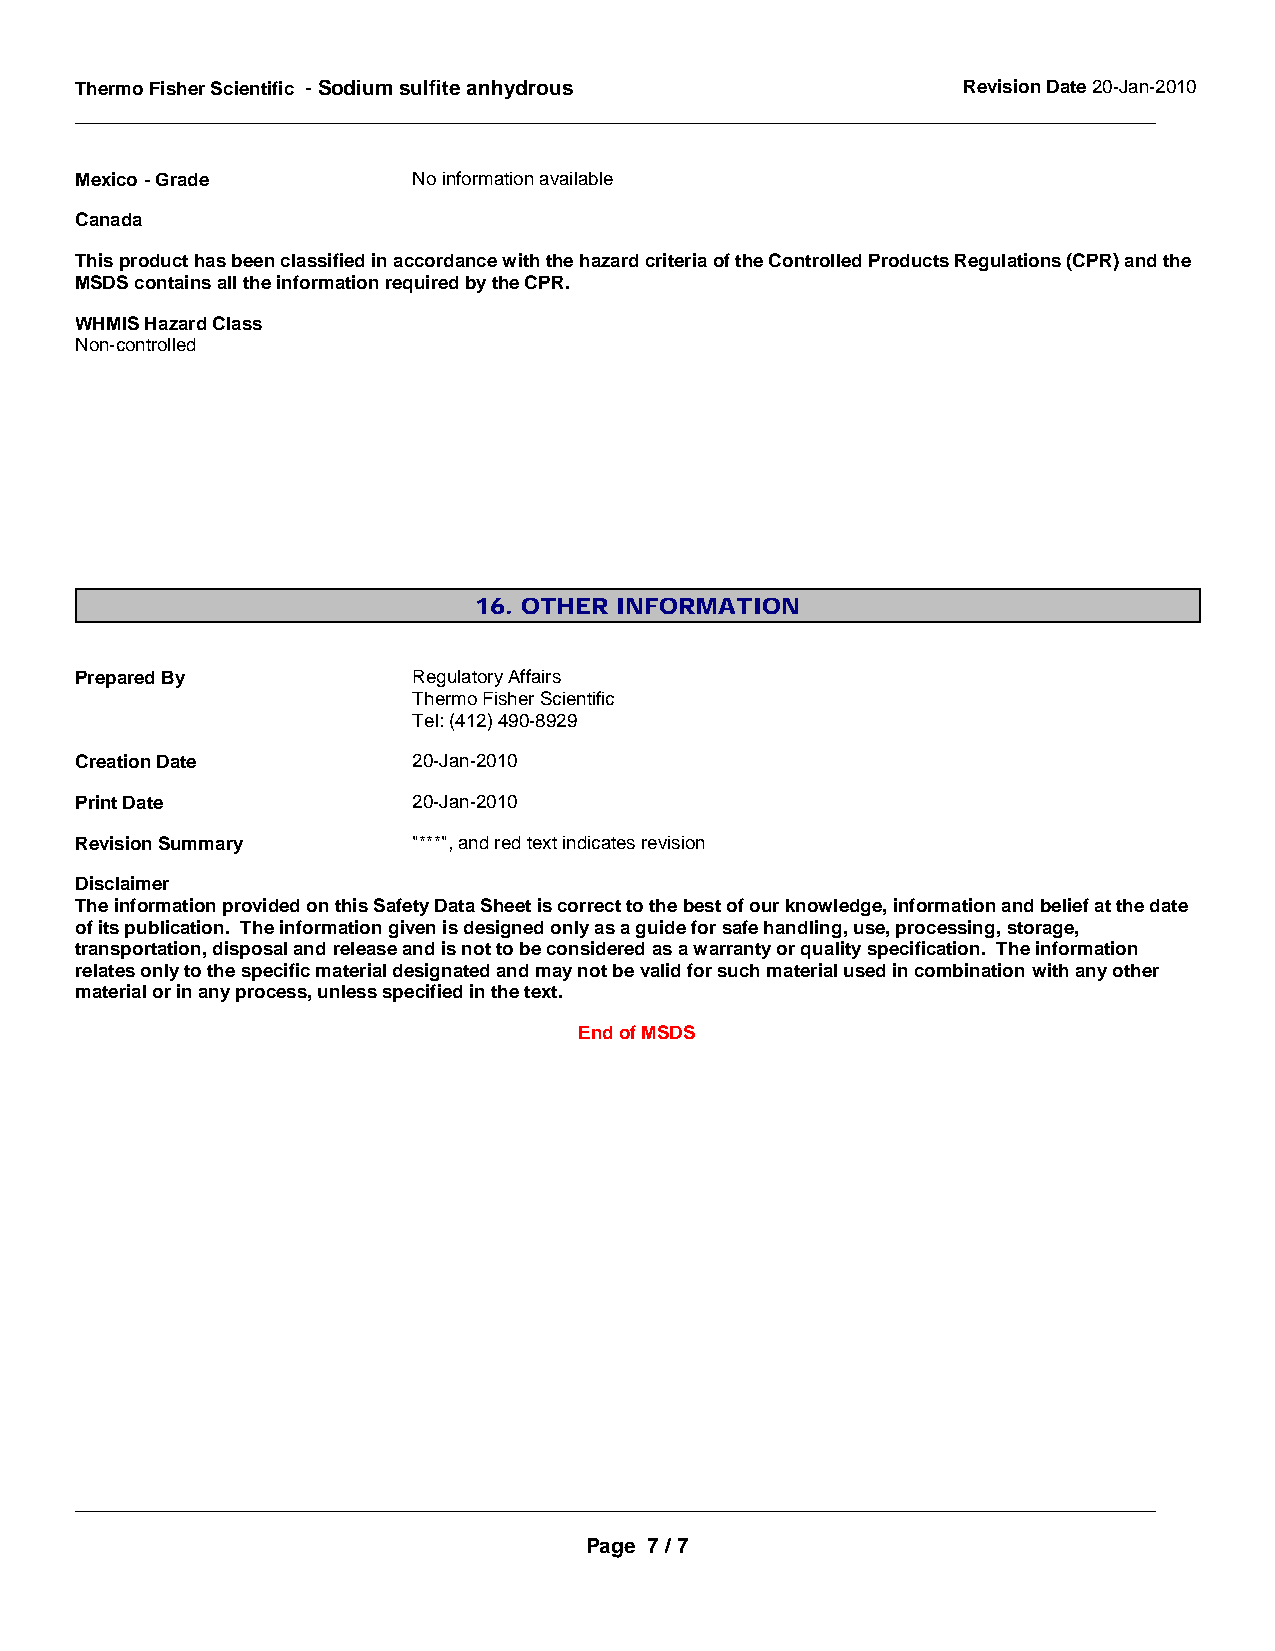
Thermo Fisher Scientific - Sodium sulfite anhydrous        Revision Date 20-Jan-2010
 _____________________________________________________________________________________________
 Mexico - Grade        No information available
 Canada
 This product has been classified in accordance with the hazard criteria of the Controlled Products Regulations (CPR) and the
 MSDS contains all the information required by the CPR.
 WHMIS Hazard Class
 Non-controlled
 16. OTHER INFORMATION
 Prepared By           Regulatory Affairs
 Thermo Fisher Scientific
 Tel: (412) 490-8929
 Creation Date         20-Jan-2010
 Print Date            20-Jan-2010
 Revision Summary      "***", and red text indicates revision
 Disclaimer
 The information provided on this Safety Data Sheet is correct to the best of our knowledge, information and belief at the date
 of its publication. The information given is designed only as a guide for safe handling, use, processing, storage,
 transportation, disposal and release and is not to be considered as a warranty or quality specification. The information
 relates only to the specific material designated and may not be valid for such material used in combination with any other
 material or in any process, unless specified in the text.
 End of MSDS
 _____________________________________________________________________________________________
 Page 7 / 7